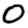
Digit: 0